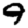
Digit: 9